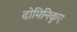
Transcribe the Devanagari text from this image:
दोमिनिकुए